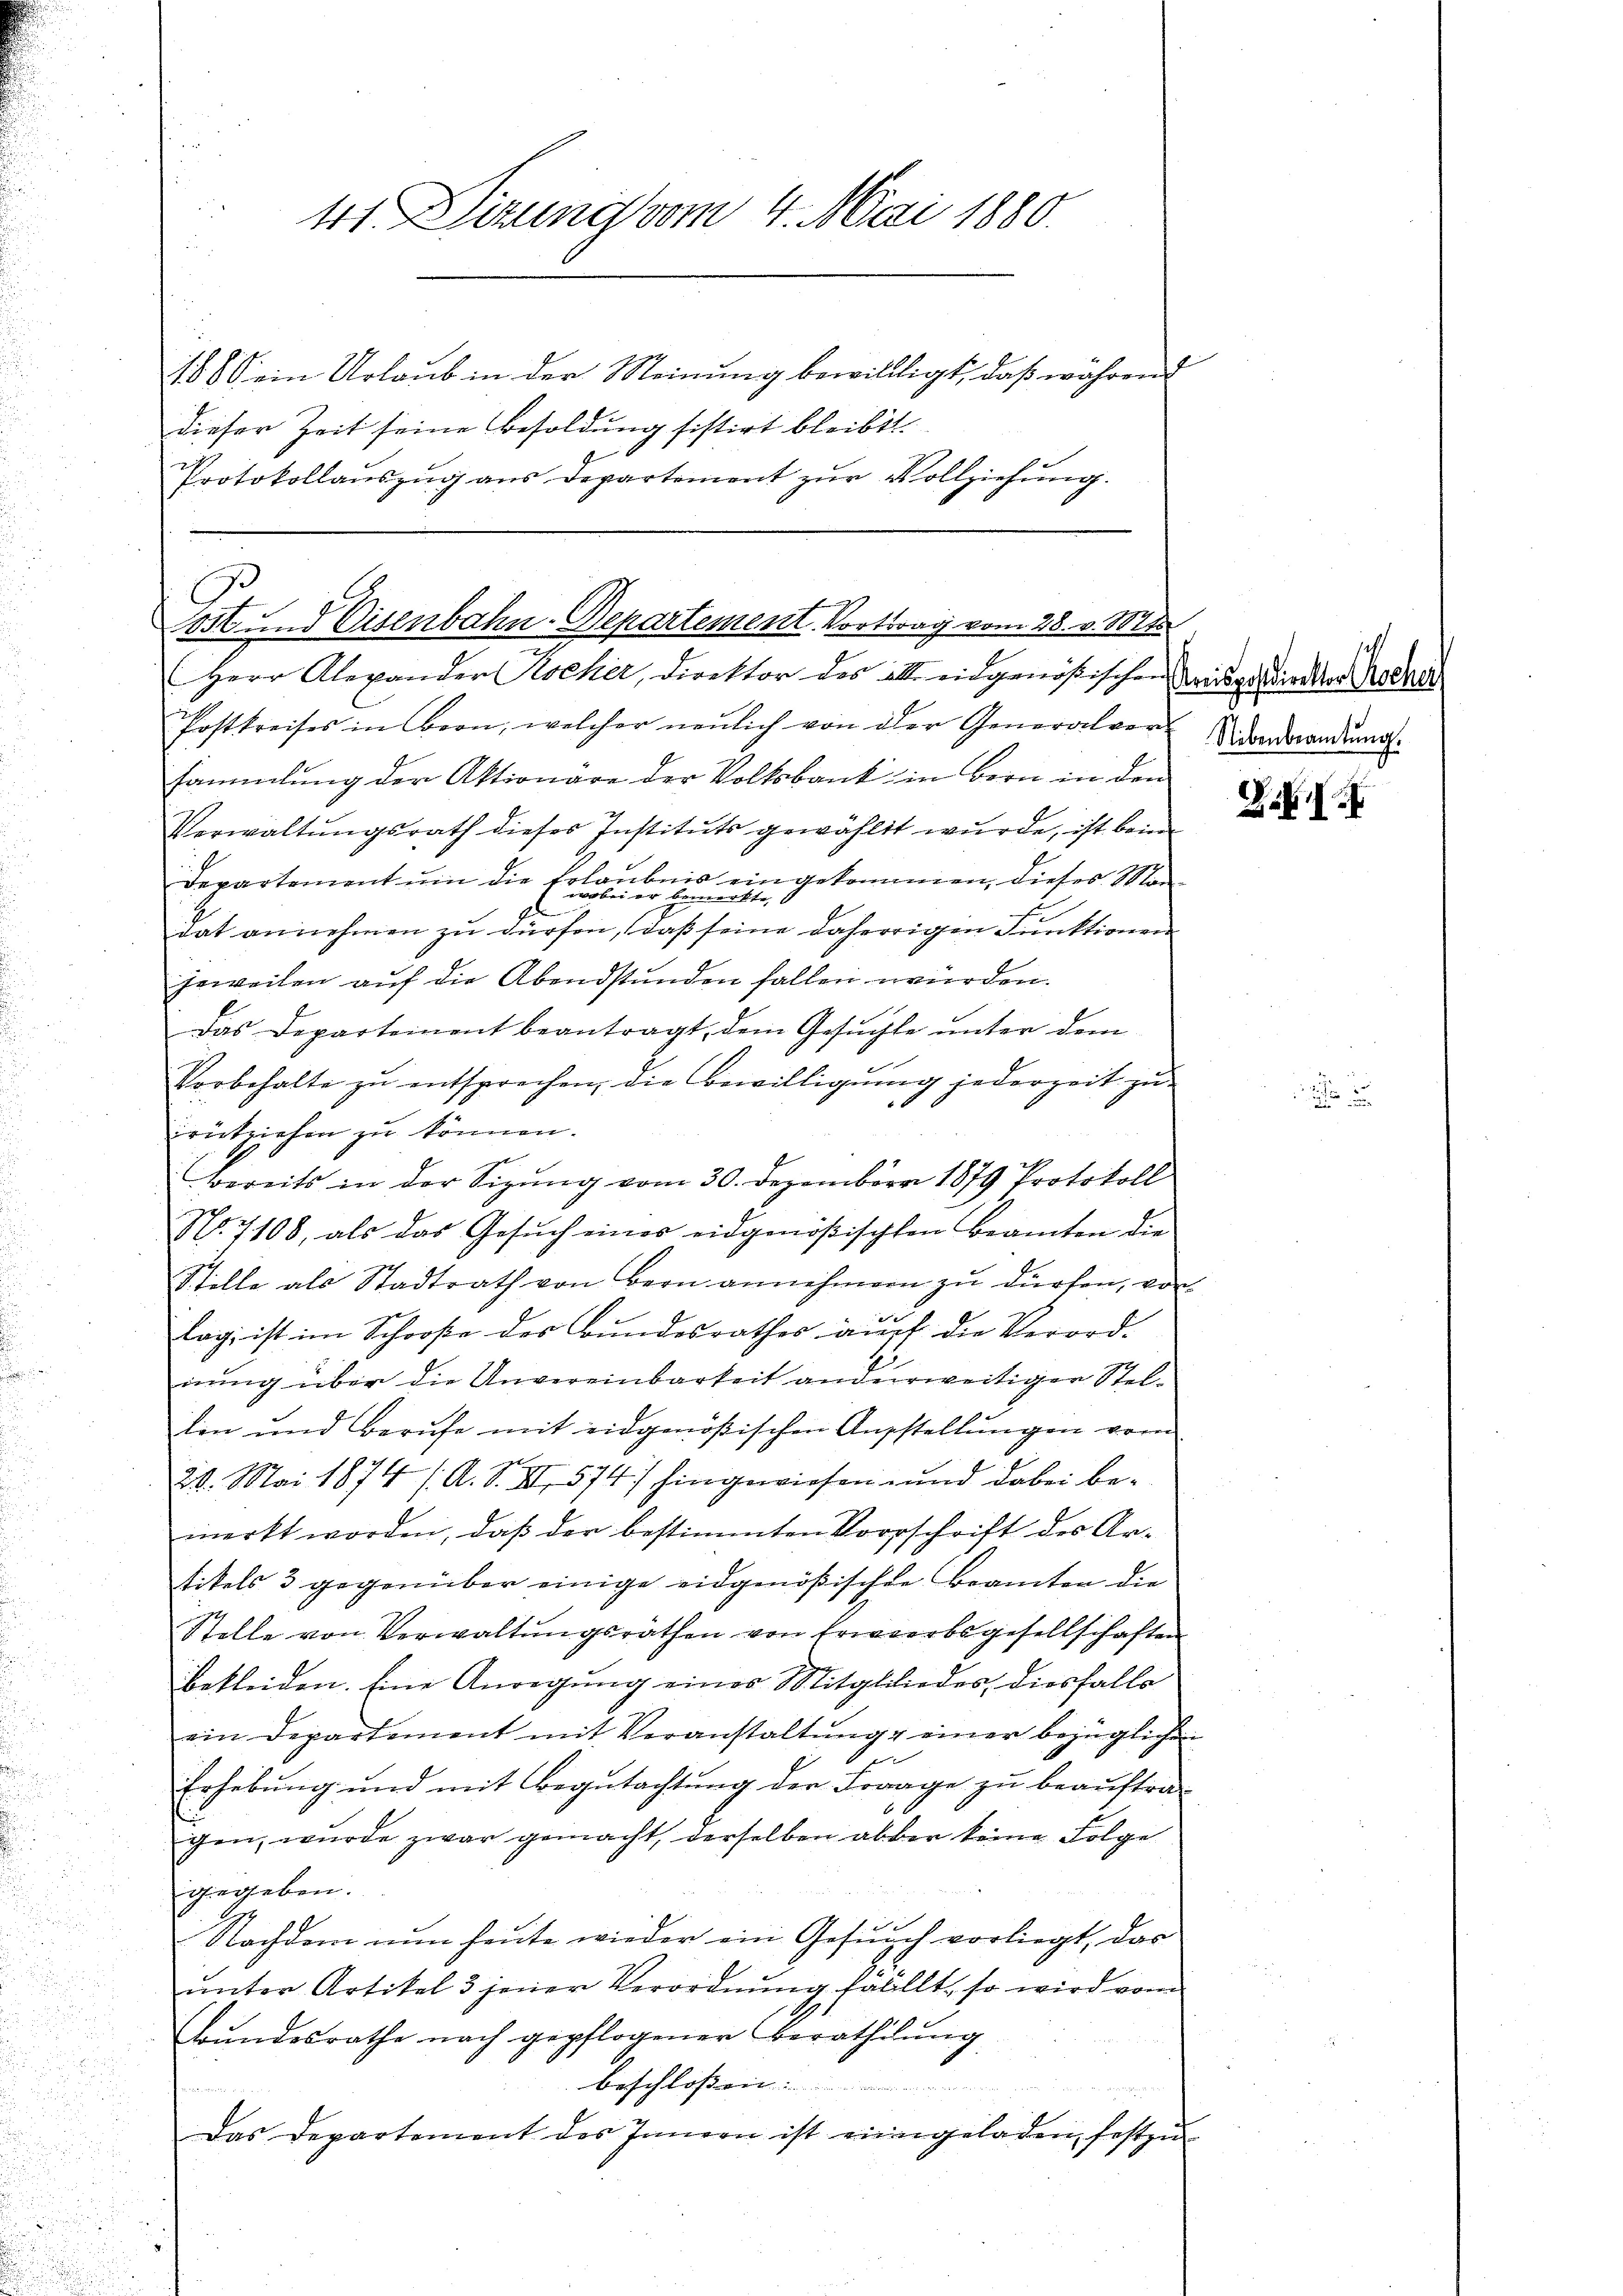
.

41 Dizung vom 4. Mai 1880.

1888 ein Urlaub in der Meinung bewillligt, daß während
dieser Zeit seine Besoldung sistirt bleibt.
g
Protokollauszug aus Departement zur Vollziehung.

C
556 und Eisenbahn-Departement. Vortrag vom 28. v. Mt
u
Herr Alexander Kircher, Direktor des alle eidgenößischen eigerdieser Roche

Postkreises in Bron, welcher neŭlich von der Generalver-
sammlung der Aktionäre der Volksbank in Bern in den
Verwaltŭngsrath dieses Instituts gewählt wurde, ist beim
Departement um die Erlaubnis ein gekommen, dieses Mang
dat annehmen zu dürfen, daß seine daherigen Funktionen
jeweilen auf die Abendstunden fallen würden.
Das Departement beantragt, dem Gesŭchte ŭnter dem
Vorbehalte zŭ entsprechen, die Bewilligung jederzeit zu
rückziehen zu können.
bereits in der Sizung vom 30. Dezember 1879 Protokoll
No. 7108, als das Gesuch eines eidgenößischten Beamten die
Stille als Stadtrath von Bern annehmern zŭ dürfen, vor
lagi ist im Schooße des Bundesrathes auch die Verord-
nung über die Unvereinbarkeit anderweitiger Stellen und Berufe mit eidgenößischen Ausstellŭngen vom
24. Mai 1874 /A. S. XI. 574) hingewiesen und dabei bemerkt worden, daβ der bestimmten Vorschrift des Ar-
titels 3 gegenüber einige eidgenößischte Beamten die
1
Stelle von Verwaltŭngsräthen von Erwerbsgesellschaften
bekleiden. Eine Anregung eines Mitgliedes, diesfalls
ein Departement mit Veranstaltŭng einer bezüglichen
gelungen in ein und
Erhebung und mit Begutachtung der Fraage zu beauftra-
gen, wurde zwar gemacht, derselben aber keine Folge
gegeben.
Nachdem nun heute wieder ein Gesuch vorliegt, das
ŭnter Artikel 3 jener Verordnŭng fallt, so wird vom
Bundesrathe nach gepflogener Berathung
beschlossen:
2

Das Departement des Innern ist eingeladen festzŭ

Nebenbeamtung.

Z. B.